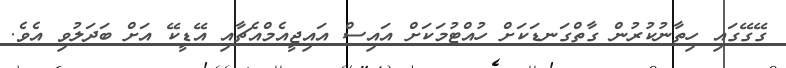
ގޭގޭގައި ހިތާނުކުރުން ގާތްގަނޑަކަށް ހުއްޓުމަކަށް އައިސް އައިޖީއެމްއެޗާއި އޭޑީކޭ އަށް ބަދަލުވި އެވެ.